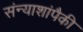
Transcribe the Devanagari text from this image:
संन्याशांपैकी